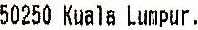
50250 KUALA LUMPUR.